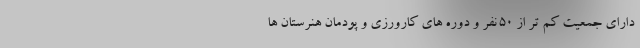
دارای جمعیت کم تر از ۵۰ نفر و دوره های کارورزی و پودمان هنرستان ها